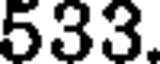
533.